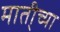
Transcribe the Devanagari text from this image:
माती्च्या